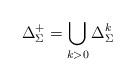
LaTeX: \begin{align*}\Delta^+_\Sigma=\bigcup_{k>0} \Delta_\Sigma^k\end{align*}